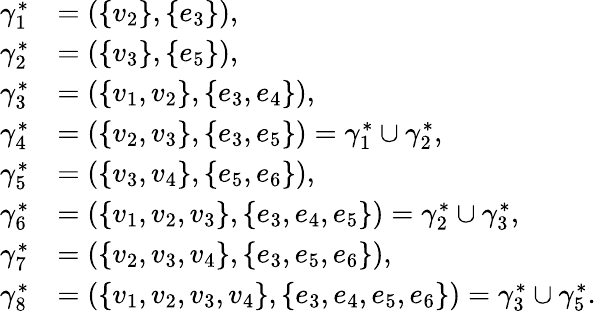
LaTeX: \begin{array}{rl}{\gamma_{1}^{\ast}}&{=(\{ v_{2}\} ,\{ e_{3}\} ),}\\ {\gamma_{2}^{\ast}}&{=(\{ v_{3}\} ,\{ e_{5}\} ),}\\ {\gamma_{3}^{\ast}}&{=(\{ v_{1},v_{2}\} ,\{ e_{3},e_{4}\} ),}\\ {\gamma_{4}^{\ast}}&{=(\{ v_{2},v_{3}\} ,\{ e_{3},e_{5}\} )=\gamma_{1}^{\ast}\cup\gamma_{2}^{\ast},}\\ {\gamma_{5}^{\ast}}&{=(\{ v_{3},v_{4}\} ,\{ e_{5},e_{6}\} ),}\\ {\gamma_{6}^{\ast}}&{=(\{ v_{1},v_{2},v_{3}\} ,\{ e_{3},e_{4},e_{5}\} )=\gamma_{2}^{\ast}\cup\gamma_{3}^{\ast},}\\ {\gamma_{7}^{\ast}}&{=(\{ v_{2},v_{3},v_{4}\} ,\{ e_{3},e_{5},e_{6}\} ),}\\ {\gamma_{8}^{\ast}}&{=(\{ v_{1},v_{2},v_{3},v_{4}\} ,\{ e_{3},e_{4},e_{5},e_{6}\} )=\gamma_{3}^{\ast}\cup\gamma_{5}^{\ast}.}\end{array}